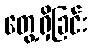
တွေ့ရှိခြင်း